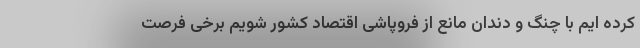
کرده ایم با چنگ و دندان مانع از فروپاشی اقتصاد کشور شویم برخی فرصت